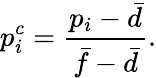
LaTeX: p_{i}^{c}=\frac{p_{i}-\bar{d}}{\bar{f}-\bar{d}}.